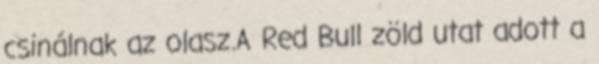
csinálnak az olasz.A Red Bull zöld utat adott a